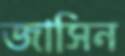
জাসিন